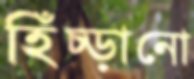
হিঁচ্‌ড়ানো